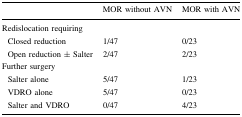
<table><thead><tr><td></td><td><b>MOR without AVN</b></td><td><b>MOR with AVN</b></td></tr></thead><tbody><tr><td colspan="3">Redislocation requiring</td></tr><tr><td> Closed reduction</td><td>1/47</td><td>0/23</td></tr><tr><td> Open reduction ± Salter</td><td>2/47</td><td>2/23</td></tr><tr><td colspan="3">Further surgery</td></tr><tr><td> Salter alone</td><td>5/47</td><td>1/23</td></tr><tr><td> VDRO alone</td><td>5/47</td><td>0/23</td></tr><tr><td> Salter and VDRO</td><td>0/47</td><td>4/23</td></tr></tbody></table>